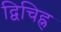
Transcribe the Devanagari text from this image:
द्विचिह्न